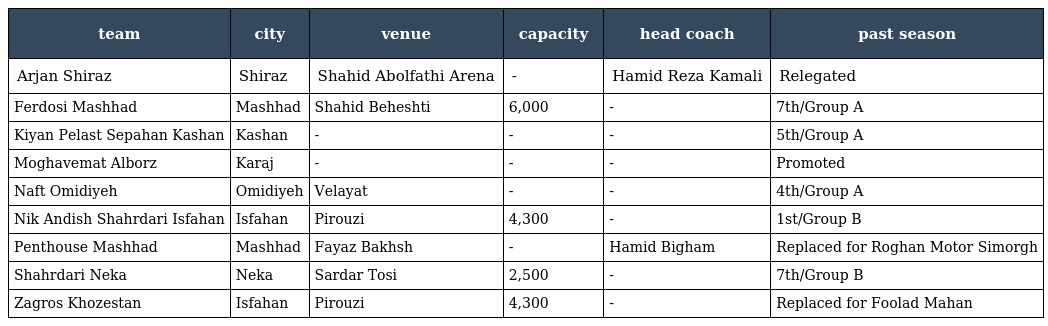
| team | city | venue | capacity | head coach | past season |
 | --- | --- | --- | --- | --- | --- |
 | Arjan Shiraz | Shiraz | Shahid Abolfathi Arena | - | Hamid Reza Kamali | Relegated |
 | Ferdosi Mashhad | Mashhad | Shahid Beheshti | 6,000 | - | 7th/Group A |
 | Kiyan Pelast Sepahan Kashan | Kashan | - | - | - | 5th/Group A |
 | Moghavemat Alborz | Karaj | - | - | - | Promoted |
 | Naft Omidiyeh | Omidiyeh | Velayat | - | - | 4th/Group A |
 | Nik Andish Shahrdari Isfahan | Isfahan | Pirouzi | 4,300 | - | 1st/Group B |
 | Penthouse Mashhad | Mashhad | Fayaz Bakhsh | - | Hamid Bigham | Replaced for Roghan Motor Simorgh |
 | Shahrdari Neka | Neka | Sardar Tosi | 2,500 | - | 7th/Group B |
 | Zagros Khozestan | Isfahan | Pirouzi | 4,300 | - | Replaced for Foolad Mahan |